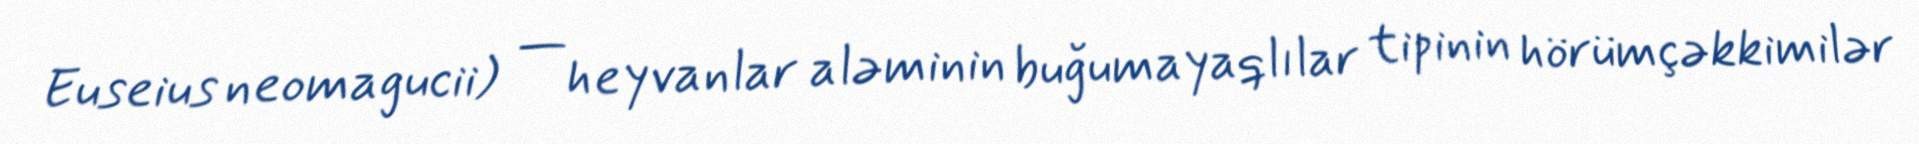
Euseius neomagucii) — heyvanlar aləminin buğumayaqlılar tipinin hörümçəkkimilər